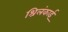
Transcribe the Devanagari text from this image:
श्रिलंकाई